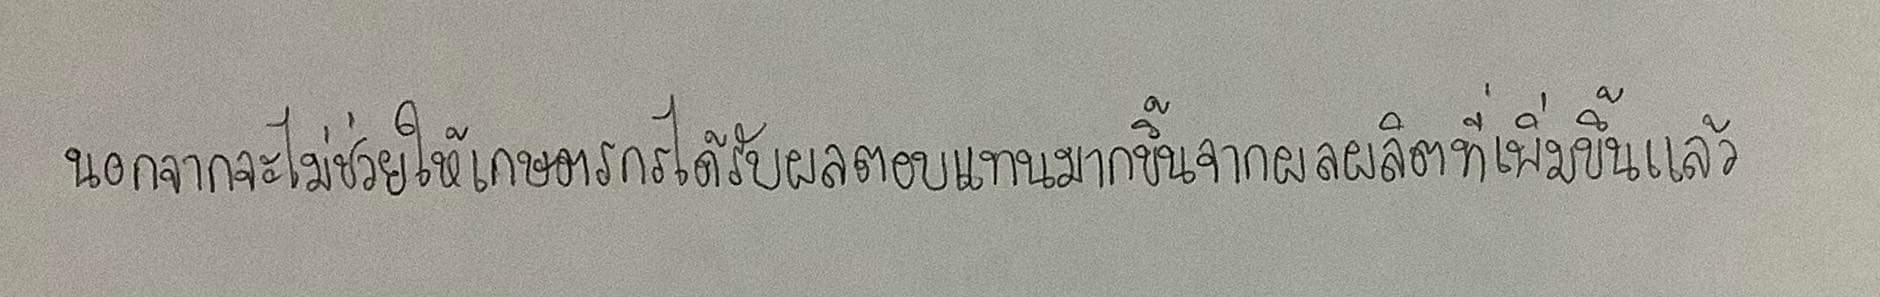
นอกจากจะไม่ช่วยให้เกษตรกรได้รับผลตอบแทนมากขึ้นจากผลผลิตที่เพิ่มขึ้นแล้ว